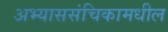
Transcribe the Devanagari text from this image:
अभ्याससंचिकामधील